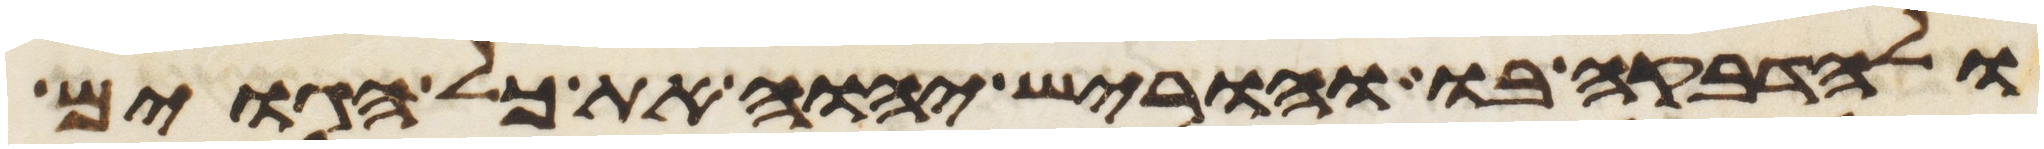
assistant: ולהדבקה בו והוריש יהוה את כל הגוים